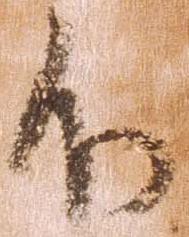
不